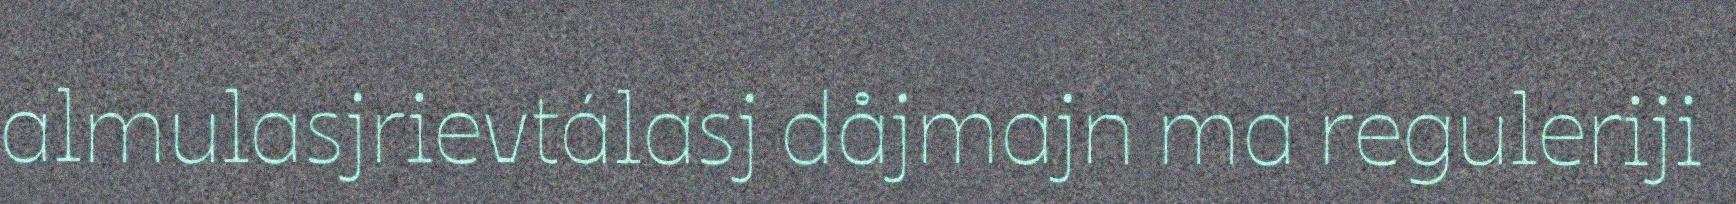
almulasjrievtálasj dåjmajn ma reguleriji